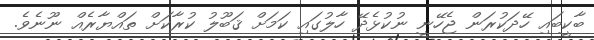
ބާކީބައި ހޭދަކުރަން ޖެހޭނީ ނުކުޅެދޭ ހާލުގައި ކަމަށް ޤަބޫލު ކުރާކަށް ތައްޔާރެއް ނޫނެވެ.